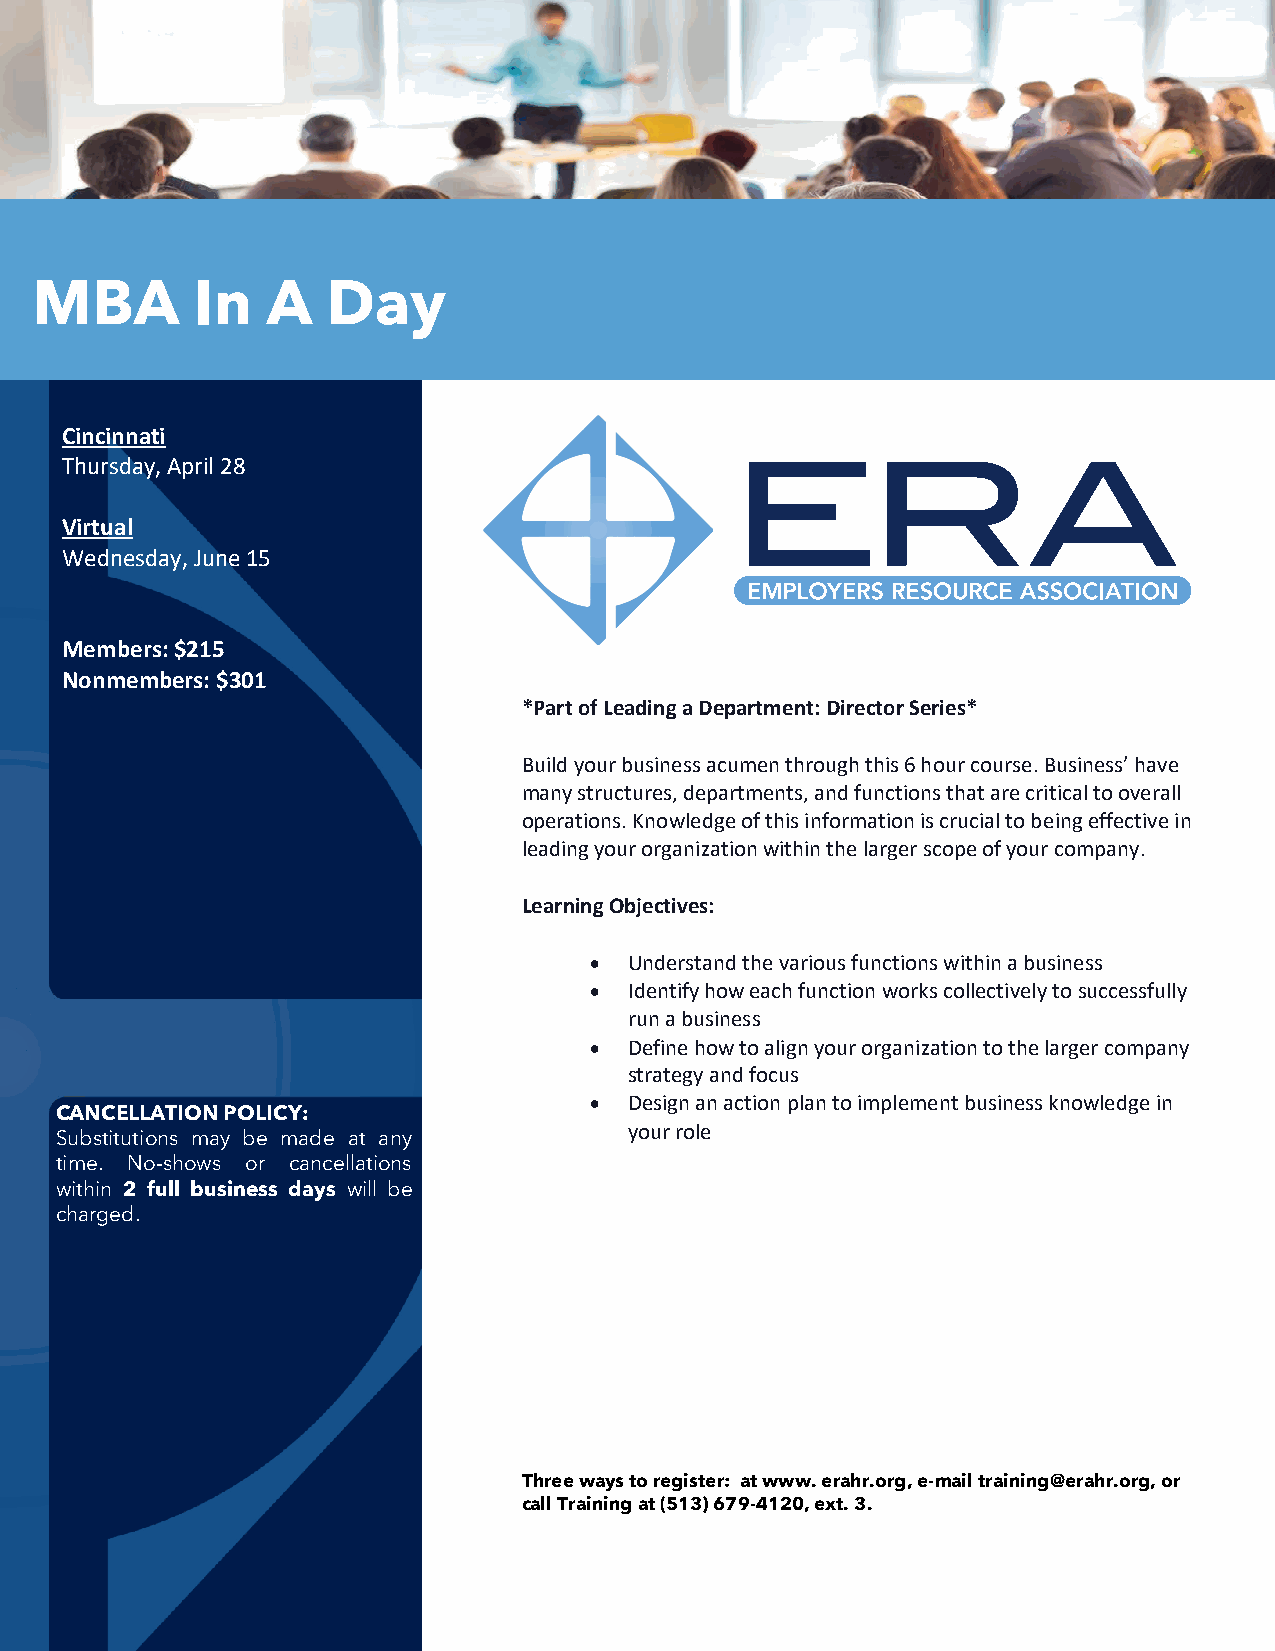
MBA        In   A   Day
 Cincinnati
 Thursday, April 28
 Virtual
 Wednesday, June 15
 Members: $215
 Nonmembers: $301
 *Part of Leading a Department: Director Series*
 Build your business acumen through this 6 hour course. Business’ have
 many structures, departments, and functions that are critical to overall
 operations. Knowledge of this information is crucial to being effective in
 leading your organization within the larger scope of your company.
 Learning Objectives:
 •  Understand the various functions within a business
 •  Identify how each function works collectively to successfully
 run a business
 •  Define how to align your organization to the larger company
 strategy and focus
 •  Design an action plan to implement business knowledge in
 CANCELLATION POLICY:
 your role
 Substitutions may be made at any
 time. No-shows or cancellations
 within 2 full business days will be
 charged.
 Three ways to register: at www. erahr.org, e-mail training@erahr.org, or
 call Training at (513) 679-4120, ext. 3.